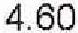
4.60